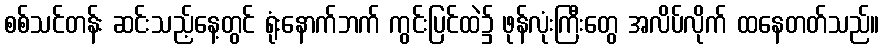
စစ်သင်တန်း ဆင်းသည့်နေ့တွင် ရုံးနောက်ဘက် ကွင်းပြင်ထဲ၌ ဖုန်လုံးကြီးတွေ အလိပ်လိုက် ထနေတတ်သည်။